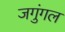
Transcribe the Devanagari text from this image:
जगुंगल